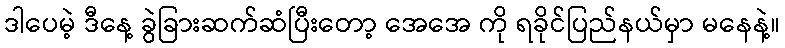
ဒါပေမဲ့ ဒီနေ့ ခွဲခြားဆက်ဆံပြီးတော့ အေအေ ကို ရခိုင်ပြည်နယ်မှာ မနေနဲ့။